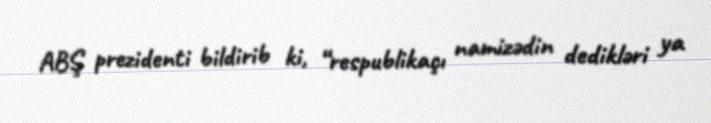
ABŞ prezidenti bildirib ki, “respublikaçı namizədin dedikləri ya